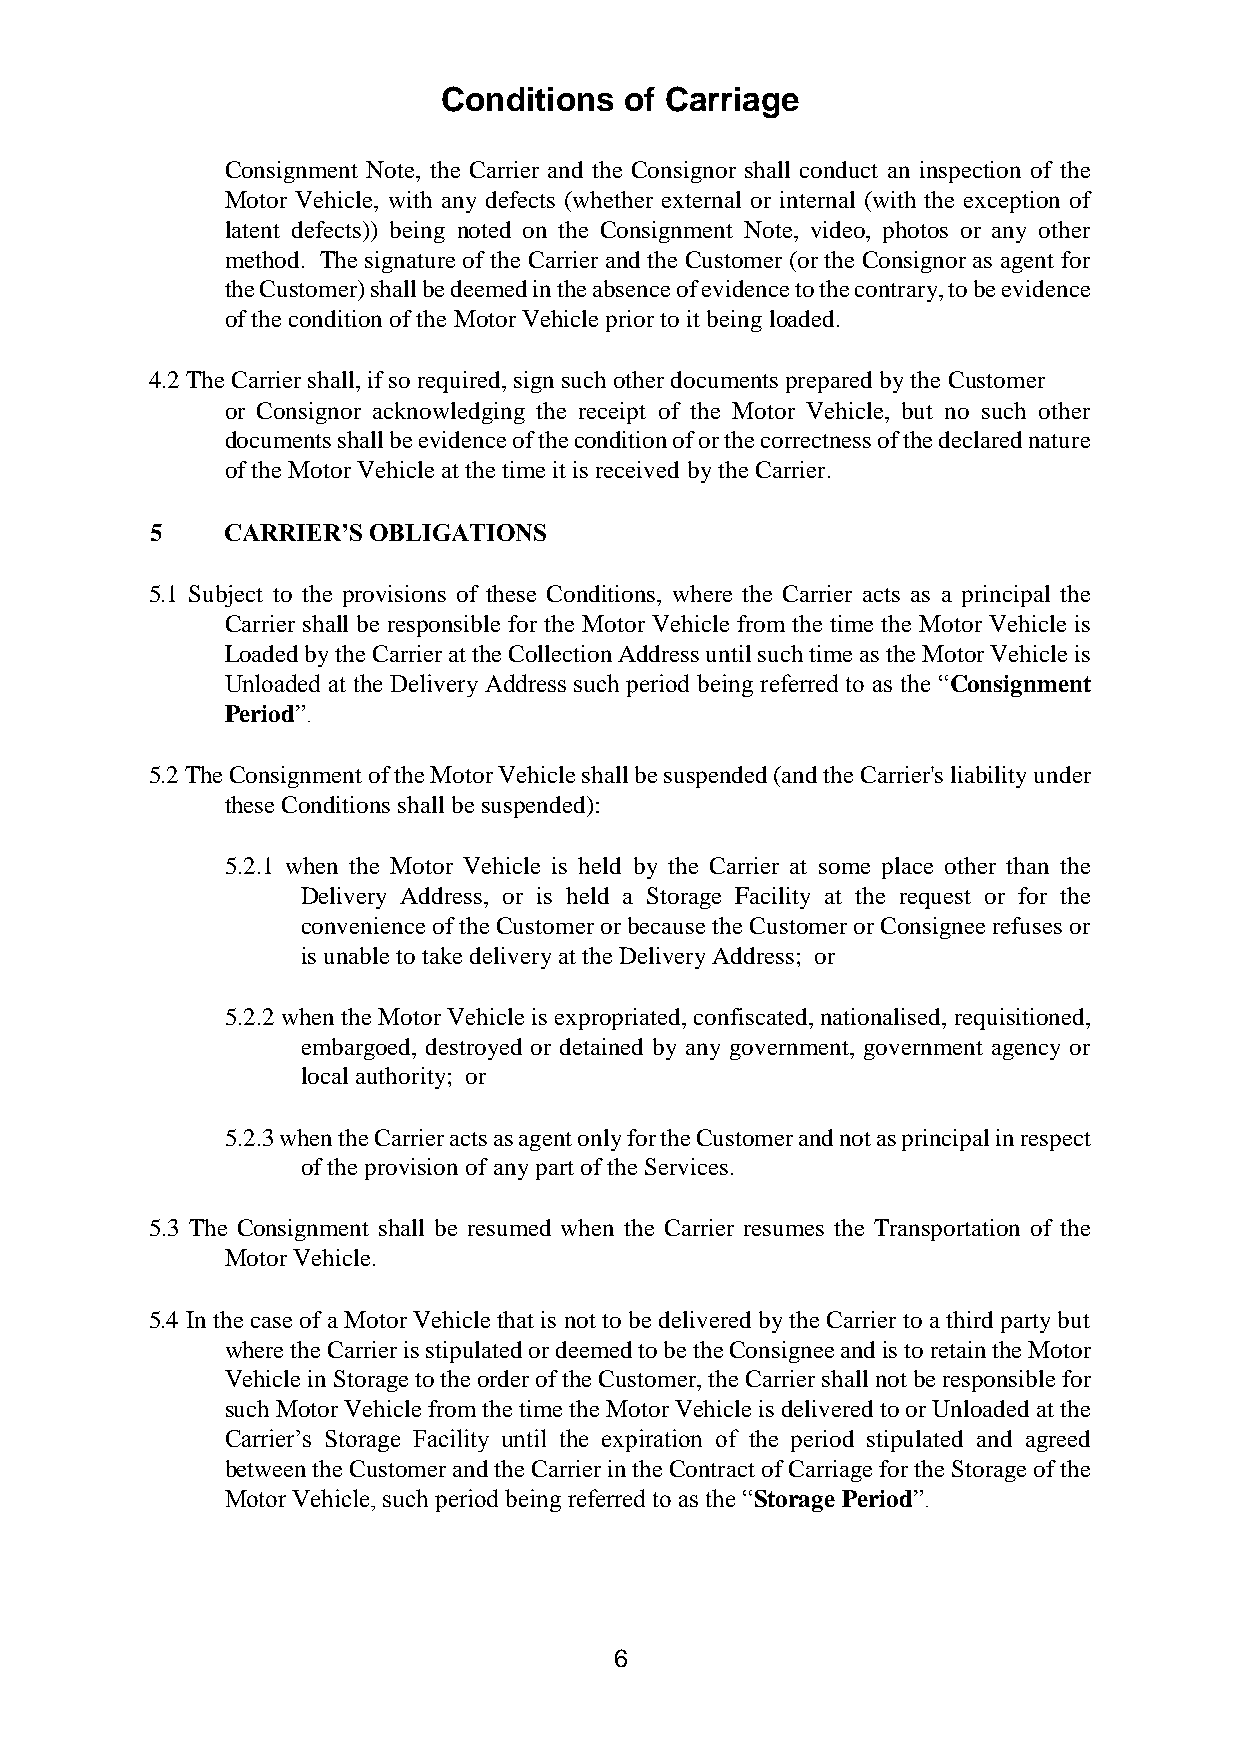
Conditions  of Carriage
 Consignment Note, the Carrier and the Consignor shall conduct an inspection of the
 Motor Vehicle, with any defects (whether external or internal (with the exception of
 latent defects)) being noted on the Consignment Note, video, photos or any other
 method. The signature of the Carrier and the Customer (or the Consignor as agent for
 the Customer) shall be deemed in the absence of evidence to the contrary, to be evidence
 of the condition of the Motor Vehicle prior to it being loaded.
 4.2 The Carrier shall, if so required, sign such other documents prepared by the Customer
 or Consignor acknowledging the receipt of the Motor Vehicle, but no such other
 documents shall be evidence of the condition of or the correctness of the declared nature
 of the Motor Vehicle at the time it is received by the Carrier.
 5    CARRIER’S OBLIGATIONS
 5.1 Subject to the provisions of these Conditions, where the Carrier acts as a principal the
 Carrier shall be responsible for the Motor Vehicle from the time the Motor Vehicle is
 Loaded by the Carrier at the Collection Address until such time as the Motor Vehicle is
 Unloaded at the Delivery Address such period being referred to as the “Consignment
 Period”.
 5.2 The Consignment of the Motor Vehicle shall be suspended (and the Carrier's liability under
 these Conditions shall be suspended):
 5.2.1 when the Motor Vehicle is held by the Carrier at some place other than the
 Delivery Address, or is held a Storage Facility at the request or for the
 convenience of the Customer or because the Customer or Consignee refuses or
 is unable to take delivery at the Delivery Address; or
 5.2.2 when the Motor Vehicle is expropriated, confiscated, nationalised, requisitioned,
 embargoed, destroyed or detained by any government, government agency or
 local authority; or
 5.2.3 when the Carrier acts as agent only for the Customer and not as principal in respect
 of the provision of any part of the Services.
 5.3 The Consignment shall be resumed when the Carrier resumes the Transportation of the
 Motor Vehicle.
 5.4 In the case of a Motor Vehicle that is not to be delivered by the Carrier to a third party but
 where the Carrier is stipulated or deemed to be the Consignee and is to retain the Motor
 Vehicle in Storage to the order of the Customer, the Carrier shall not be responsible for
 such Motor Vehicle from the time the Motor Vehicle is delivered to or Unloaded at the
 Carrier’s Storage Facility until the expiration of the period stipulated and agreed
 between the Customer and the Carrier in the Contract of Carriage for the Storage of the
 Motor Vehicle, such period being referred to as the “Storage Period”.
 6